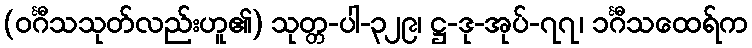
(ဝင်္ဂီသသုတ်လည်းဟူ၏) သုတ္တ-ပါ-၃၂၉၊ ဋ္ဌ-ဒု-အုပ်-၇၇၊ ၁င်္ဂီသထေရ်က